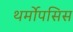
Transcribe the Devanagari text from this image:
थर्मोपसिस